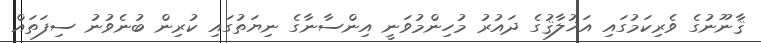
ޤާނޫނުގެ ވެރިކަމުގައި އަޚުލާޤުގެ ދައުރު މުހިންމުވަނީ އިންސާނާގެ ނިޔަތުގައި ކުރިން ބުނެވުނު ސިފަތައް